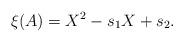
LaTeX: \begin{align*} \xi(A) = X^2 - s_1X + s_2.\end{align*}